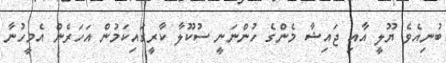
ބުނިއެވެ ޔޫލީ އާއި ޖައިޝާ މެންގެ ހުންނަނީ ސުކޫލާ ކާރީގައިކަމުން އަހަރެން އެމީހުނާ